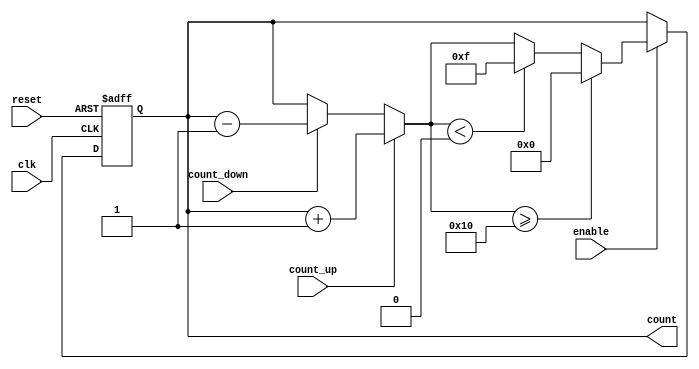
module ChainedParallelCounter (
    input wire clk,          // Clock signal
    input wire reset,        // Asynchronous reset signal
    input wire enable,       // Enable signal
    input wire count_up,     // Count up signal
    input wire count_down,   // Count down signal
    output reg [N-1:0] count // Counter output
);
    parameter N = 4; // Number of bits in the counter

    // Chained Configuration
    // D flip-flops for each bit of the counter
    reg [N-1:0] next_count;

    always @(posedge clk or posedge reset) begin
        if (reset) begin
            count <= 0; // Reset the counter to 0
        end else if (enable) begin
            count <= next_count; // Update the counter
        end
    end

    // Combinational logic to determine the next state
    always @(*) begin
        if (count_up) begin
            next_count = count + 1; // Increment
        end else if (count_down) begin
            next_count = count - 1; // Decrement
        end else begin
            next_count = count; // Hold current state
        end

        // Handle rollover for counting
        if (next_count >= (1 << N)) begin
            next_count = 0; // Roll over to 0
        end else if (next_count < 0) begin
            next_count = (1 << N) - 1; // Roll over to max value
        end
    end
endmodule